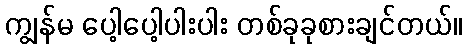
ကျွန်မ ပေါ့ပေါ့ပါးပါး တစ်ခုခုစားချင်တယ်။